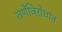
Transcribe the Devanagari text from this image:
राणेंविरोधात